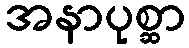
အနာပုစ္ဆာ